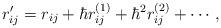
LaTeX: \begin{align*}r^{\prime}_{ij}=r_{ij}+\hbar r^{(1)}_{ij}+\hbar^2r^{(2)}_{ij}+\cdots\,,\end{align*}